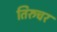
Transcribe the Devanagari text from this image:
तिरुचर